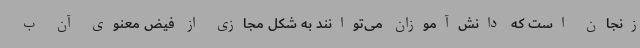
زنجان است که دانش‌آموزان می‌توانند به شکل مجازی از فیض معنوی آن ب